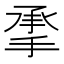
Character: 𰔄